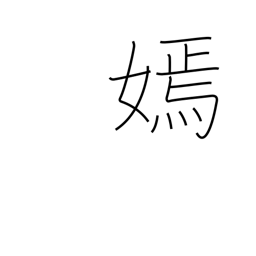
Meaning: beauty